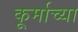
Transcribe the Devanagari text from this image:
कूर्माच्या